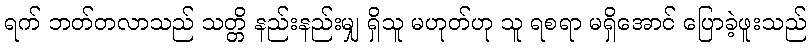
ရက် ဘတ်တလာသည် သတ္တိ နည်းနည်းမျှ ရှိသူ မဟုတ်ဟု သူ ရစရာ မရှိအောင် ပြောခဲ့ဖူးသည်